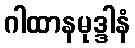
ဂါထာနမုဒ္ဒါနံ